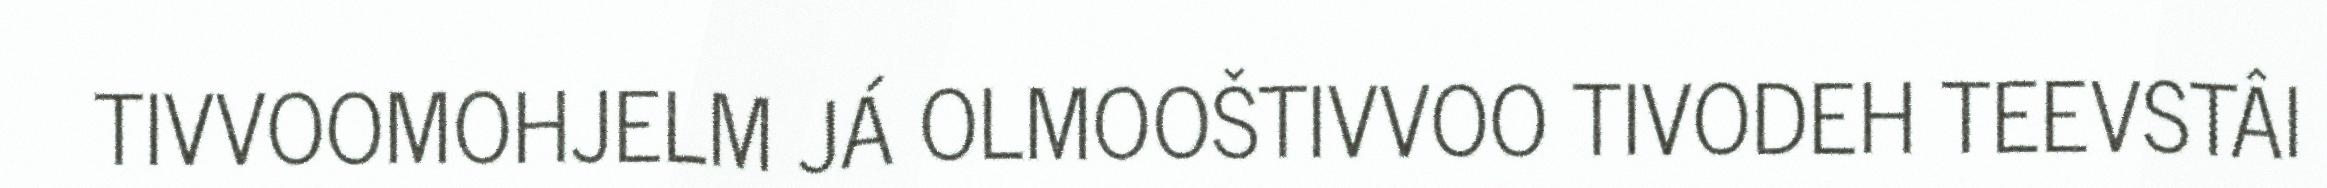
TIVVOOMOHJELM JÁ OLMOOŠTIVVOO TIVODEH TEEVSTÂI